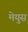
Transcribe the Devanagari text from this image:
मेयुस